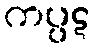
ကပ္ပဋ